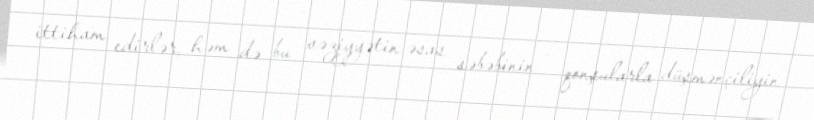
ittiham edirlər, həm də bu vəziyyətin əsas səbəbinin - qonşularla düşmənçiliyin